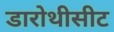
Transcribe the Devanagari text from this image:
डारोथीसीट